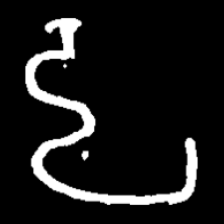
Pyu character \u2014 Myanmar letter: ဠ (romanized: lla)